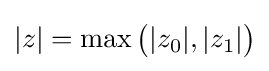
|z|=\max {\big (}|z_{0}|,|z_{1}|{\big )}